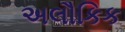
અલૌકિક